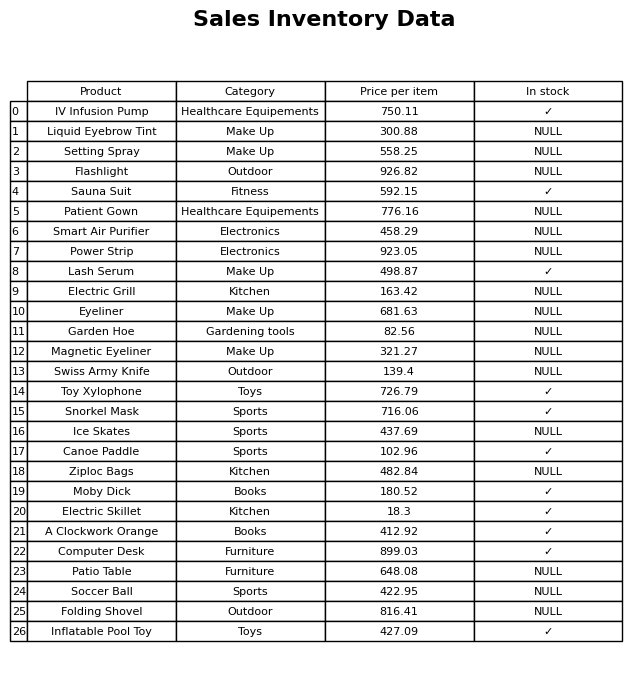
question: What is the price for Folding Shovel?
answer: The price of Folding Shovel is 816.41.